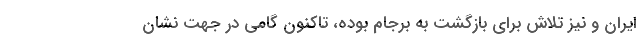
ایران و نیز تلاش برای بازگشت به برجام بوده، تاکنون گامی در جهت نشان